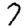
Digit: 7